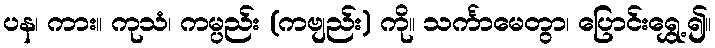
ပန၊ ကား။ ကုသံ၊ ကမ္ပည်း (ကဗျည်း) ကို။ သင်္ကာမေတွာ၊ ပြောင်းရွှေ့၍။